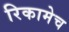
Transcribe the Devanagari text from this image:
रिकामेच